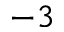
^ { - 3 }